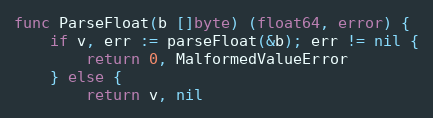
Language: Go
func ParseFloat(b []byte) (float64, error) {
	if v, err := parseFloat(&b); err != nil {
		return 0, MalformedValueError
	} else {
		return v, nil